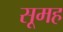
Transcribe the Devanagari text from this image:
सूमह